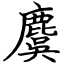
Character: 麌